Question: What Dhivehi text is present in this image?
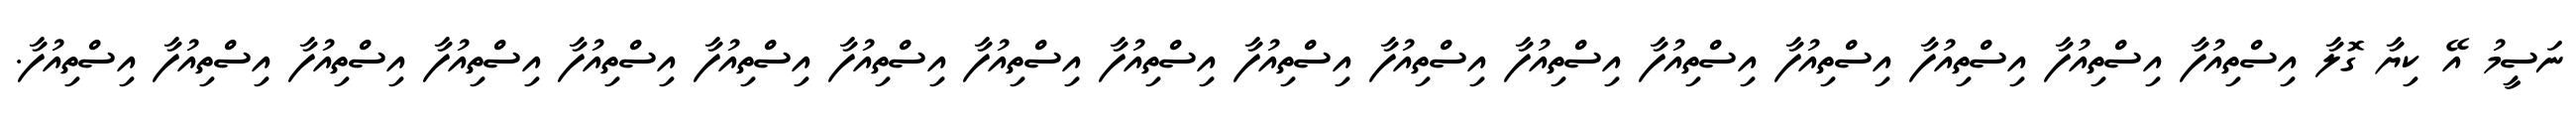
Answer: ނަސީމު އޭ ކިޔާ ގޮލާ އިސްތިއުފާ އިސްތިއުފާ އިސްތިއުފާ އިސްތިއުފާ އިސްތިއުފާ އިސްތިއުފާ އިސްތިއުފާ އިސްތިއުފާ އިސްތިއުފާ އިސްތިއުފާ އިސްތިއުފާ އިސްތިއުފާ އިސްތިއުފާ އިސްތިއުފާ އިސްތިއުފާ އިސްތިއުފާ އިސްތިއުފާ.